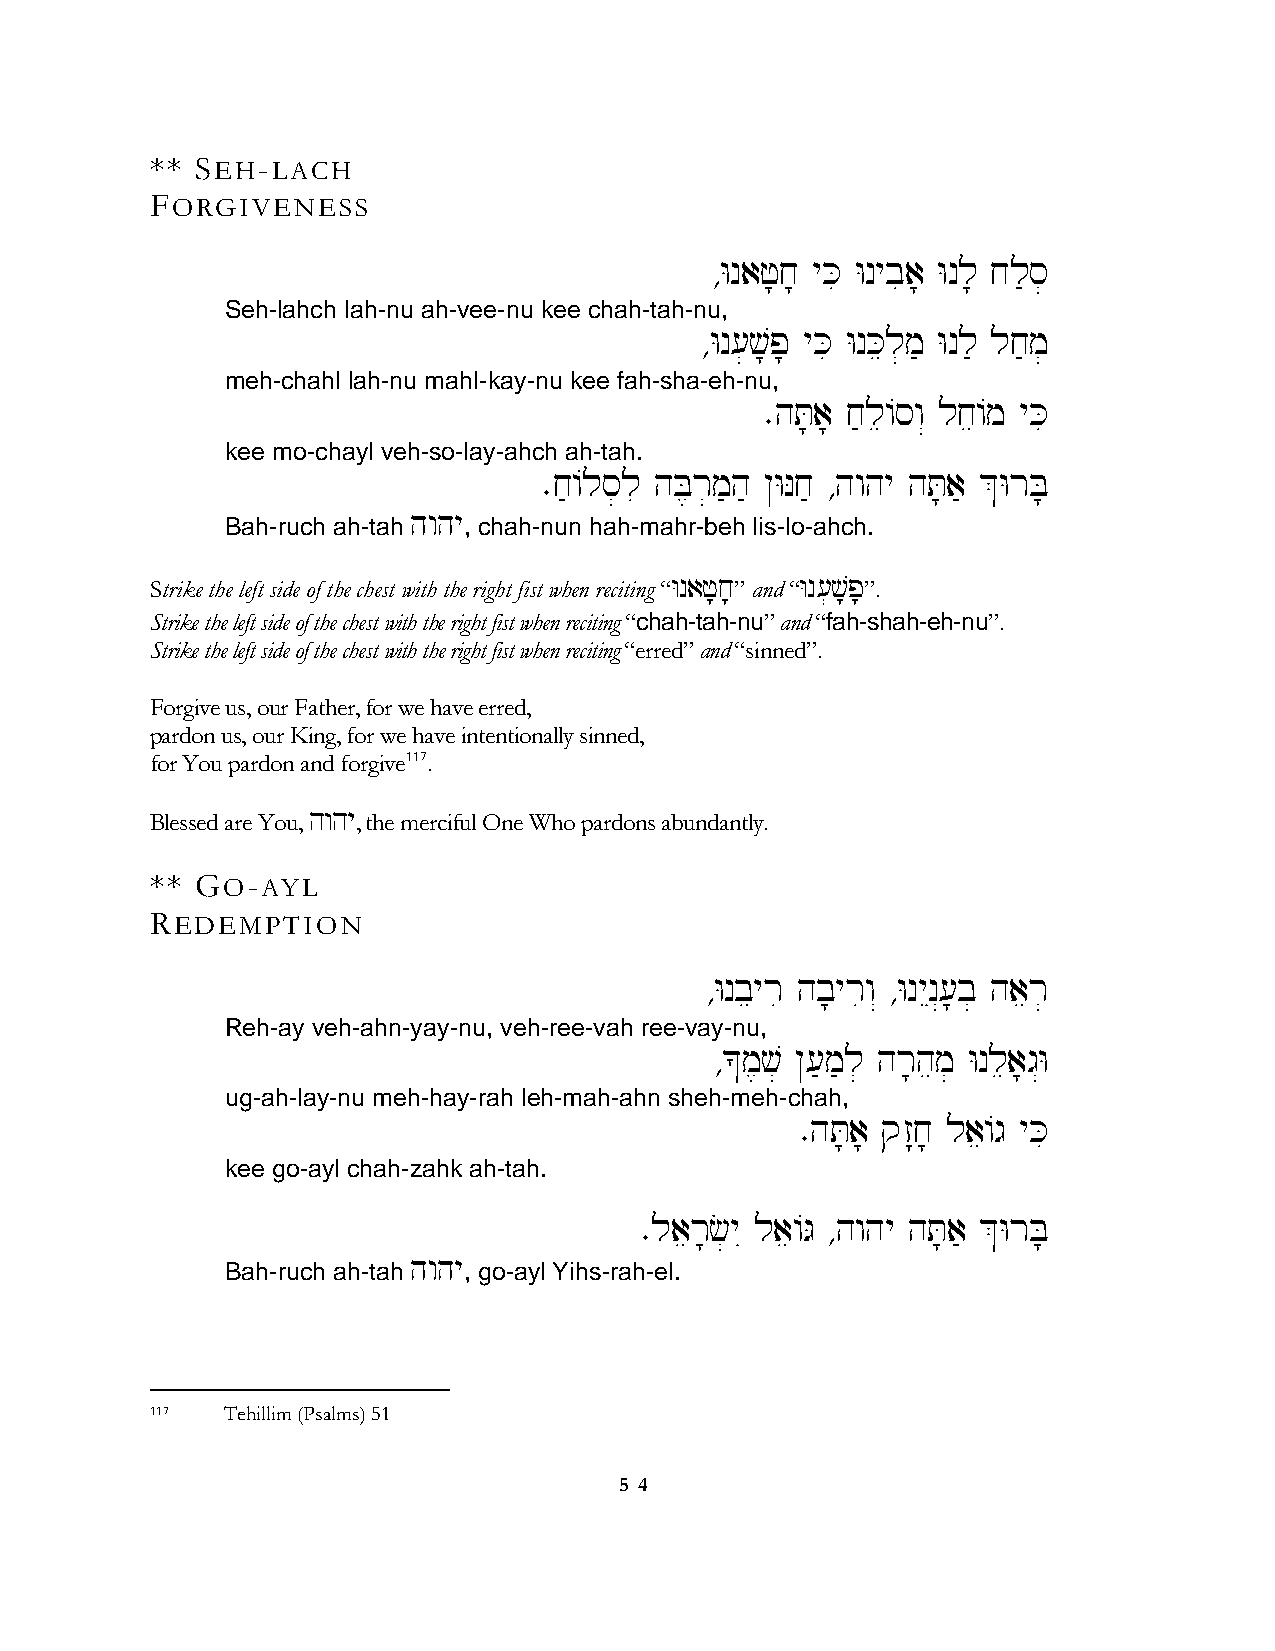
** SEH-LACH
 FORGIVENESS
 ∆Wnaf;j; yKi Wnybia; Wnl; jl's]
 Seh-lahch lah-nu ah-vee-nu kee chah-tah-nu,
 ∆Wn[]v;p; yKi WnKel]m' Wnl' lj'm]
 meh-chahl lah-nu mahl-kay-nu kee fah-sha-eh-nu,
 ∑hT;a; j'le/sw“ lje/m yKi
 kee mo-chayl veh-so-lay-ahch ah-tah.
 ∑j'/ls]li hB,r]m'h' @WNj' ∆hwhy hT;a' &WrB;
 hwhy
 Bah-ruch ah-tah , chah-nun hah-mahr-beh lis-lo-ahch.
 Strike the left side of the chest with the right fist when reciting “Wnaf;j;” and “Wn[]v;p;”.
 Strike the left side of the chest with the right fist when reciting “chah-tah-nu” and “fah-shah-eh-nu”.
 Strike the left side of the chest with the right fist when reciting “erred” and “sinned”.
 Forgive us, our Father, for we have erred,
 pardon us, our King, for we have intentionally sinned,
 for You pardon and forgive117.
 Blessed are You, hwhy, the merciful One Who pardons abundantly.
 ** GO-AYL
 REDEMPTION
 ∆Wnbeyri hb;yriw“ ∆WnyEn“[;b] haer]
 Reh-ay veh-ahn-yay-nu, veh-ree-vah ree-vay-nu,
 ∆*m,v] @['m'l] hr;hem] Wnlea;g“W
 ug-ah-lay-nu meh-hay-rah leh-mah-ahn sheh-meh-chah,
 ∑hT;a; qz:j; lae/g yKi
 kee go-ayl chah-zahk ah-tah.
 ∑laer;c]yI lae/G ∆hwhy hT;a' &WrB;
 hwhy
 Bah-ruch ah-tah , go-ayl Yihs-rah-el.
 117  Tehillim (Psalms) 51
 5 4